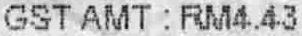
GST AMT : RM4.43